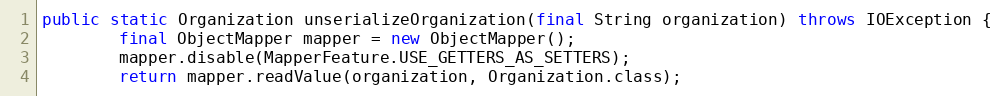
Language: Java
public static Organization unserializeOrganization(final String organization) throws IOException {
        final ObjectMapper mapper = new ObjectMapper();
        mapper.disable(MapperFeature.USE_GETTERS_AS_SETTERS);
        return mapper.readValue(organization, Organization.class);